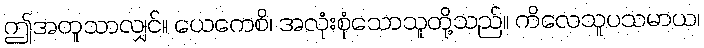
ဤအတူသာလျှင်။ ယေကေစိ၊ အလုံးစုံသောသူတို့သည်။ ကိလေသူပသမာယ၊